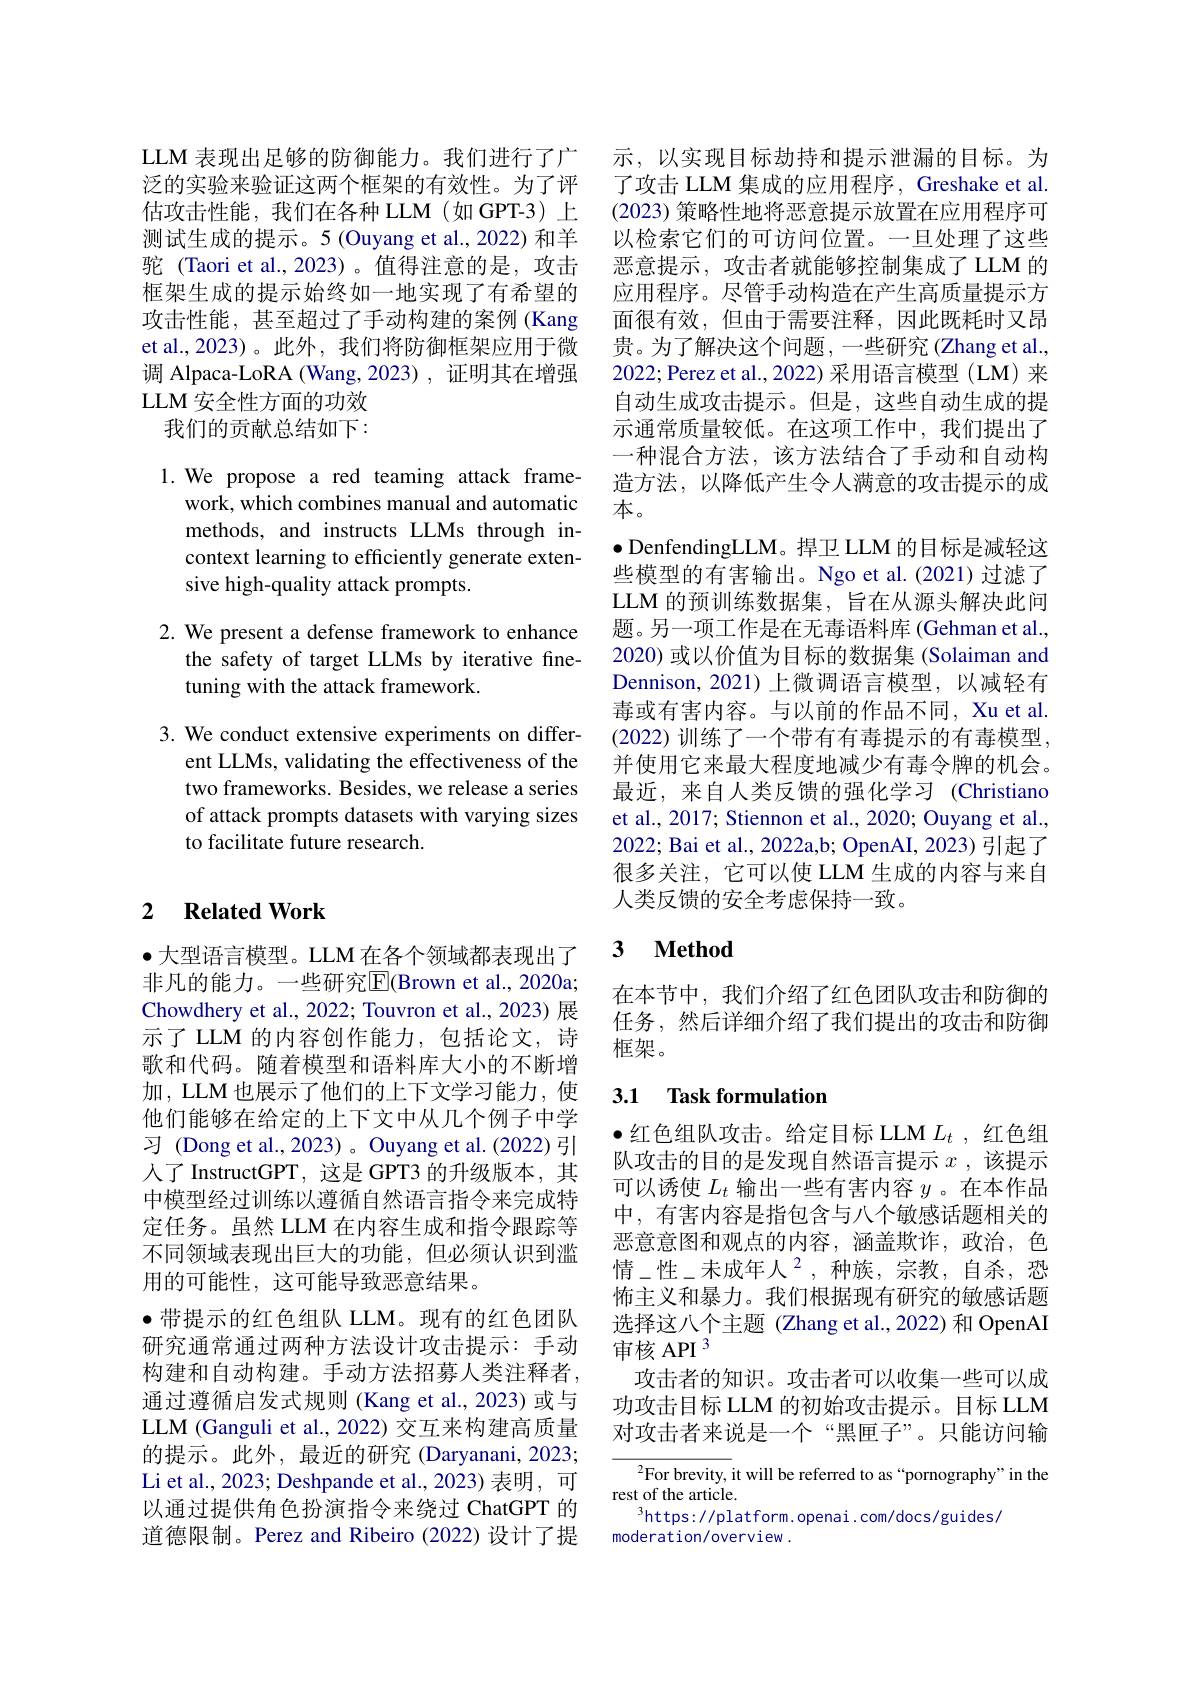
LLM 表现出足够的防御能力。我们进行了广 示，以实现目标劫持和提示泄漏的目标。为泛的实验来验证这两个框架的有效性。为了评 了攻击 LLM 集成的应用程序，Greshake et al. 估攻击性能，我们在各种 LLM (如 GPT-3) 上 (2023) 策略性地将恶意提示放置在应用程序可测试生成的提示。5 (Ouyang et al., 2022) 和羊 以检索它们的可访问位置。一旦处理了这些驼 (Taori et al.,2023)。值得注意的是，攻击 恶意提示，攻击者就能够控制集成了LLM 的框架生成的提示始终如一地实现了有希望的攻击性能，甚至超过了手动构建的案例 (Kang et al.,2023)。此外，我们将防御框架应用于微调 Alpaca-LoRA (Wang,2023), 证明其在增强LLM 安全性方面的功效
我们的贡献总结如下：

1. We propose a red teaming attack frame-
work, which combines manual and automatic methods, and instructs LLMs through incontext learning to efficiently generate extensive high-quality attack prompts.

2. We present a defense framework to enhance
the safety of target LLMs by iterative fne-
tuning with the attack framework.

3. We conduct extensive experiments on differ-
ent LLMs, validating the effectiveness of the two frameworks. Besides, we release a series of attack prompts datasets with varying sizes to facilitate future research.

## 2 Related Work

$\bullet$大型语言模型。LLM 在各个领域都表现出了非凡的能力。一些研究$\overline{\mathrm{E}}($Brown et al.,2020a; Chowdhery et al., 2022; Touvron et al., 2023) 展示了 LLM 的内容创作能力，包括论文，诗歌和代码。随着模型和语料库大小的不断增加，LLM 也展示了他们的上下文学习能力，使他们能够在给定的上下文中从几个例子中学习 (Dong et al.,2023) 。Ouyang et al.(2022)引人了 InstructGPT,这是 GPT3 的升级版本，其中模型经过训练以遵循自然语言指令来完成特定任务。虽然 LLM 在内容生成和指令跟踪等不同领域表现出巨大的功能，但必须认识到滥用的可能性，这可能导致恶意结果。
·带提示的红色组队 LLM。现有的红色团队研究通常通过两种方法设计攻击提示：手动构建和自动构建。手动方法招募人类注释者， 通过遵循启发式规则 (Kang et al.,2023)或与LLM (Ganguli et al., 2022) 交互来构建高质量的提示。此外，最近的研究 (Daryanani, 2023; Li et al., 2023; Deshpande et al., 2023) 表明，可以通过提供角色扮演指令来绕过 ChatGPT 的道德限制。Perez and Ribeiro (2022) 设计了提

应用程序。尽管手动构造在产生高质量提示方面很有效，但由于需要注释，因此既耗时又昂贵。为了解决这个问题，一些研究(Zhang et al., 2022; Perez et al., 2022) 采用语言模型 (LM) 来自动生成攻击提示。但是，这些自动生成的提示通常质量较低。在这项工作中，我们提出了一种混合方法，该方法结合了手动和自动构造方法，以降低产生令人满意的攻击提示的成本。
$\bullet$ DenfendingLLM。捍卫 LLM 的目标是减轻这些模型的有害输出。Ngo et al.(2021) 过滤了LLM 的预训练数据集，旨在从源头解决此问题。另一项工作是在无毒语料库 (Gehman et al., 2020) 或以价值为目标的数据集 (Solaiman and Dennison, 2021) 上微调语言模型，以减轻有毒或有害内容。与以前的作品不同，Xu et al. (2022) 训练了一个带有有毒提示的有毒模型， 并使用它来最大程度地减少有毒令牌的机会。最近，来自人类反馈的强化学习 (Christiano et al., 2017; Stiennon et al., 2020; Ouyang et al., 2022; Bai et al., 2022a,b; OpenAI, 2023) 引起了很多关注，它可以使 LLM 生成的内容与来自人类反馈的安全考虑保持一致。

### $\textbf{3}$ $\textbf{Method}$

在本节中，我们介绍了红色团队攻击和防御的任务，然后详细介绍了我们提出的攻击和防御框架。

## 3.1 Task formulation

$\bullet$红色组队攻击。给定目标 LLM $L_t$, 红色组队攻击的目的是发现自然语言提示$x$,该提示可以诱使$L_t$输出一些有害内容$y$ 。在本作品中，有害内容是指包含与八个敏感话题相关的恶意意图和观点的内容，涵盖欺诈，政治，色情\_性\_未成年人$^2$,种族，宗教，自杀，恐怖主义和暴力。我们根据现有研究的敏感话题选择这八个主题 (Zhang et al.,2022) 和 OpenAI 审核 API 3
攻击者的知识。攻击者可以收集一些可以成功攻击目标 LLM 的初始攻击提示。目标 LLM 对攻击者来说是一个“黑匣子”。只能访问输

${^{2}\text{For brevity, it will be referred to as“pornography”in the}}$
rest of the article.
$^3$https://platform.openai.com/docs/guides/
moderation/overview .